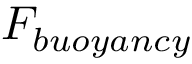
F _ { b u o y a n c y }